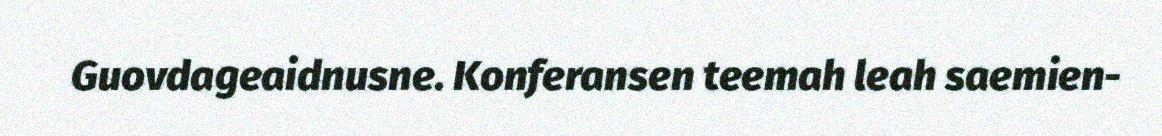
Guovdageaidnusne. Konferansen teemah leah saemien-